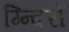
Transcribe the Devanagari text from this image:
म्न्दिरों